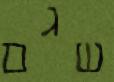
שגם